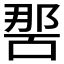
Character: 𭉔